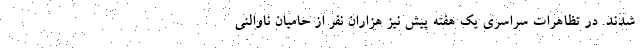
شدند. در تظاهرات سراسری یک هفته پیش نیز هزاران نفر از حامیان ناوالنی